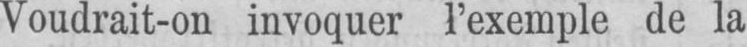
Voudrait-on invoquer l’exemple de la